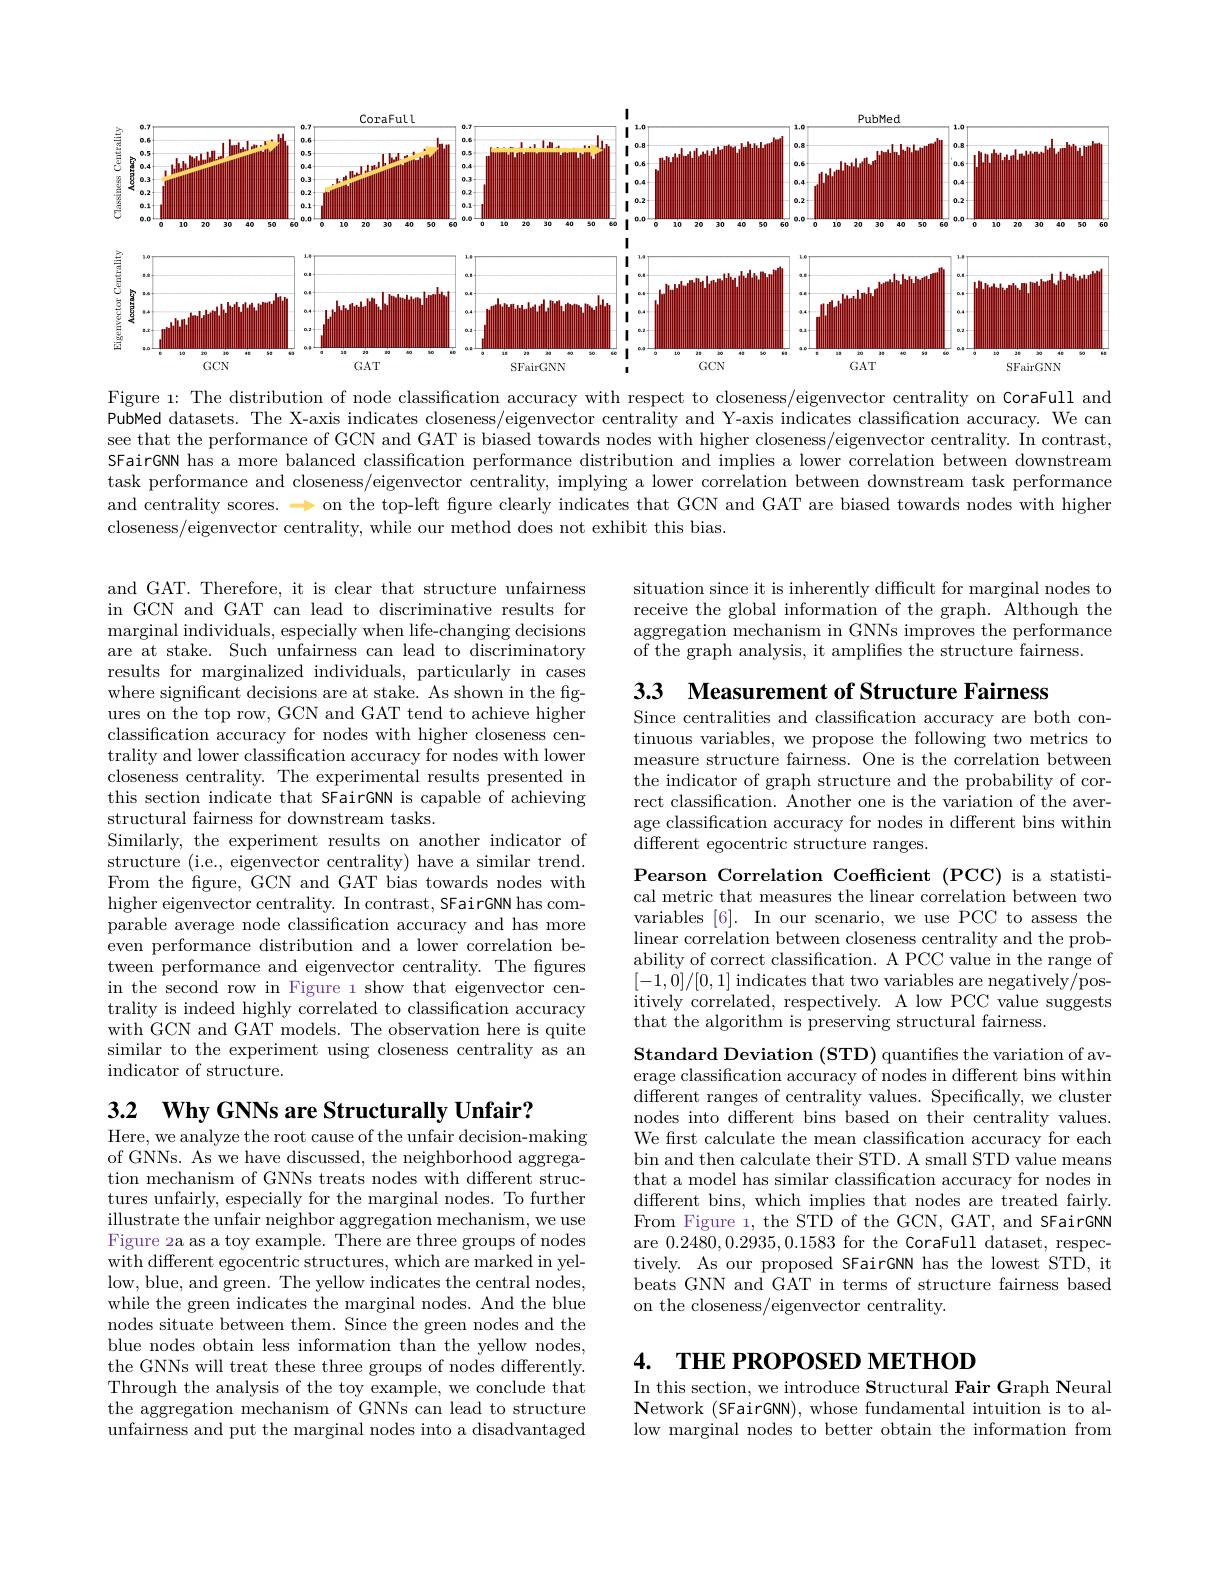
<FigureHere>

Figure 1: The distribution of node classification accuracy with respect to closeness/eigenvector centrality on CoraFull and PubMed datasets. The X-axis indicates closeness/eigenvector centrality and Y-axis indicates classification accuracy. We can see that the performance of GCN and GAT is biased towards nodes with higher closeness/eigenvector centrality. In contrast, SFairGNN has a more balanced classification performance distribution and implies a lower correlation between downstream task performance and closeness/eigenvector centrality, implying a lower correlation between downstream task performance and centrality scores. $\to$ on the top-left figure clearly indicates that GCN and GAT are biased towards nodes with higher closeness/eigenvector centrality, while our method does not exhibit this bias.

situation since it is inherently difficult for marginal nodes to receive the global information of the graph. Although the aggregation mechanism in GNNs improves the performance of the graph analysis, it amplifies the structure fairness.

3.3 Measurement of Structure Fairness

Since centralities and classification accuracy are both continuous variables, we propose the following two metrics to measure structure fairness. One is the correlation between the indicator of graph structure and the probability of correct classification. Another one is the variation of the average classification accuracy for nodes in different bins within ${\mathrm{different~egocentric~structure~ranges.}}$

and GAT. Therefore, it is clear that structure unfairness in GCN and GAT can lead to discriminative results for marginal individuals, especially when life-changing decisions are at stake. Such unfairness can lead to discriminatory results for marginalized individuals, particularly in cases where significant decisions are at stake. As shown in the figures on the top row, GCN and GAT tend to achieve higher classification accuracy for nodes with higher closeness centrality and lower classification accuracy for nodes with lower closeness centrality. The experimental results presented in this section indicate that SFairGNN is capable of achieving structural fairness for downstream tasks.
Similarly, the experiment results on another indicator of structure (i.e., eigenvector centrality) have a similar trend. From the figure, GCN and GAT bias towards nodes with higher eigenvector centrality. In contrast, SFairGNN has comparable average node classification accuracy and has more even performance distribution and a lower correlation between performance and eigenvector centrality. The figures in the second row in Figure 1 show that eigenvector centrality is indeed highly correlated to classification accuracy with GCN and GAT models. The observation here is quite similar to the experiment using closeness centrality as an indicator of structure.

Pearson Correlation Coefficient (PCC) is a statistical metric that measures the linear correlation between two variables [6]. In our scenario, we use PCC to assess the linear correlation between closeness centrality and the probability of correct classification. A PCC value in the range of $[-1,\dot{0}]/[0,1]$ indicates that two variables are negatively/positively correlated, respectively. A low PCC value suggests that the algorithm is preserving structural fairness.

3.2 $\mathbf{WhyGNNs}$ are Structurally Unfair?

$\textbf{Standard Deviation ( STD) quantifies the variation of av- }$ erage classification accuracy of nodes in different bins within $\bar{\text{different ranges of centrality values. Specifically, we cluster}}$ nodes into different bins based on their centrality values. We first calculate the mean classification accuracy for each bin and then calculate their STD. A small STD value means that a model has similar classification accuracy for nodes in different bins, which implies that nodes are treated fairly. From Figure 1, the STD of the GCN, GAT, and SFairGNN are 0.2480,0.2935,0.1583 for the CoraFull dataset, respectively. As our proposed SFairGNN has the lowest STD, it beats GNN and GAT in terms of structure fairness based on the closeness/eigenvector centrality.

Here, we analyze the root cause of the unfair decision-making of GNNs. As we have discussed, the neighborhood aggregation mechanism of GNNs treats nodes with different structures unfairly, especially for the marginal nodes. To further $\underset{\Gamma^{\cdot}}{\operatorname*{illustrate~the~unfair~neighbor~aggregation~mechanism,~we~use}}$ Figure 2a as a toy example. There are three groups of nodes with different egocentric structures, which are marked in yellow, blue, and green. The yellow indicates the central nodes, while the green indicates the marginal nodes. And the blue nodes situate between them. Since the green nodes and the blue nodes obtain less information than the yellow nodes, the GNNs will treat these three groups of nodes differently. Through the analysis of the toy example, we conclude that the aggregation mechanism of GNNs can lead to structure unfairness and put the marginal nodes into a disadvantaged

# 4. THE PROPOSED METHOD

In this section, we introduce Structural Fair Graph Neural $\mathbf{N}$etwork (SFairGNN), whose fundamental intuition is to allow marginal nodes to better obtain the information from